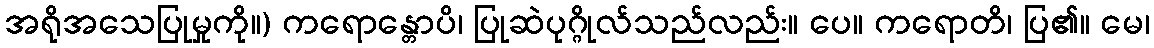
အရိုအသေပြုမှုကို။) ကရောန္တောပိ၊ ပြုဆဲပုဂ္ဂိုလ်သည်လည်း။ ပေ။ ကရောတိ၊ ပြ၏။ မေ၊